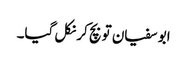
ابو سفیان تو بچ کر نکل گیا۔